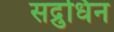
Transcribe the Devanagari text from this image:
सद्रुधिन